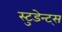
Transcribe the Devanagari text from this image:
स्टुडेन्ट्स